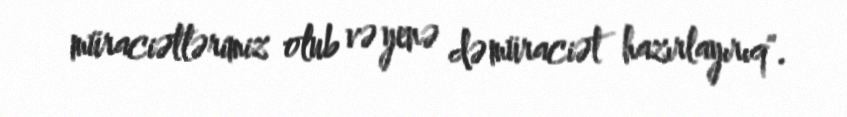
müraciətlərimiz olub və yenə də müraciət hazırlayırıq".